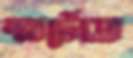
স্মার্টেক্স